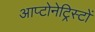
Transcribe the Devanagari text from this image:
आप्टोनेट्रिस्टों